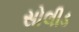
સોલીડ